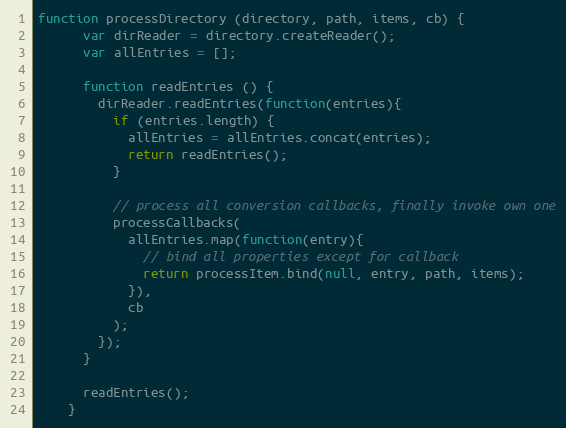
Language: JavaScript
function processDirectory (directory, path, items, cb) {
      var dirReader = directory.createReader();
      var allEntries = [];

      function readEntries () {
        dirReader.readEntries(function(entries){
          if (entries.length) {
            allEntries = allEntries.concat(entries);
            return readEntries();
          }

          // process all conversion callbacks, finally invoke own one
          processCallbacks(
            allEntries.map(function(entry){
              // bind all properties except for callback
              return processItem.bind(null, entry, path, items);
            }),
            cb
          );
        });
      }

      readEntries();
    }